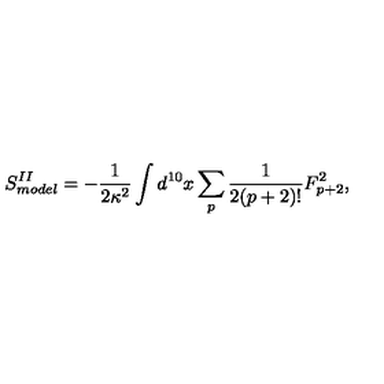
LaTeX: S _ { m o d e l } ^ { I I } = - \frac { 1 } { 2 \kappa ^ { 2 } } \int d ^ { 1 0 } x \sum _ { p } \frac { 1 } { 2 ( p + 2 ) ! } F _ { p + 2 } ^ { 2 } ,